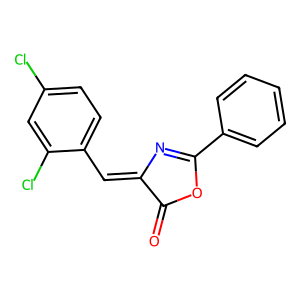
SMILES: O=C1OC(c2ccccc2)=NC1=Cc1ccc(Cl)cc1Cl
Inhibits HIV replication: No